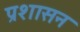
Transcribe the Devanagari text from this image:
प्रशासन